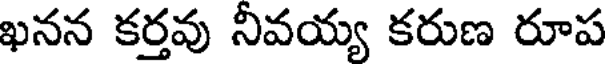
ఖనన కర్తవు నీవయ్య కరుణ రూప